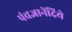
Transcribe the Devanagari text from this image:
पंचज्ञानेंद्रिये